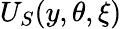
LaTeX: U_{S}(y,\theta,\xi)